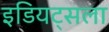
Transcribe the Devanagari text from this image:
इडियट्सला